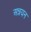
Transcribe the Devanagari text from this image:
अन्नयन